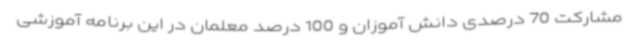
مشارکت 70 درصدی دانش آموزان و 100 درصد معلمان در این برنامه آموزشی